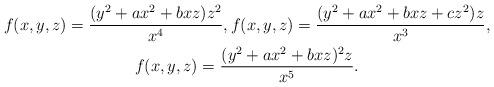
LaTeX: \begin{gather*}f(x,y,z)=\dfrac{(y^2+ax^2+bxz)z^2}{x^{4}},f(x,y,z)=\dfrac{(y^2+ax^2+bxz+cz^2)z}{x^{3}},\\f(x,y,z)=\dfrac{(y^2+ax^2+bxz)^2z}{x^{5}}.\\\end{gather*}